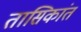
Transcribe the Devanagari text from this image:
तासिकांत